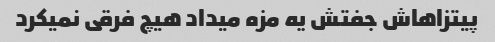
پیتزاهاش جفتش یه مزه میداد هیچ فرقی نمیکرد